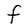
Character: F